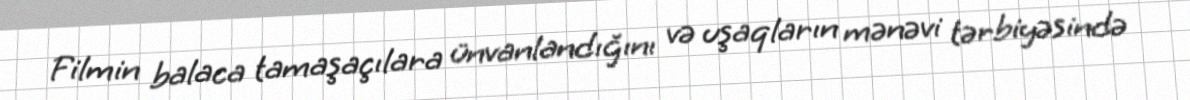
Filmin balaca tamaşaçılara ünvanlandığını və uşaqların mənəvi tərbiyəsində